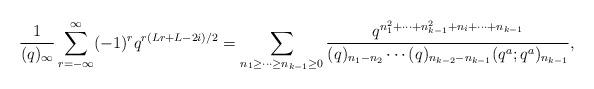
LaTeX: \begin{align*}\frac{1}{(q)_{\infty}}\sum_{r=-\infty}^{\infty} (-1)^r q^{r(Lr+L-2i)/2}=\displaystyle\sum_{n_1 \geq \cdots \geq n_{k-1} \geq 0}\frac{q^{n_1^2 +\cdots + n_{k-1}^2 +n_{i} +\cdots +n_{k-1}}} {(q)_{n_1 -n_2 } \cdots (q)_{n_{k-2}-n_{k-1}} (q^a ; q^a )_{n_{k-1}}},\end{align*}